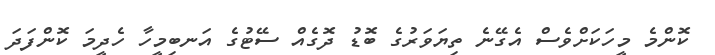
ކޮންމެ މީހަކަށްވެސް އެގޭނެ ތިޔަވަރުގެ ބޮޑު ދޮގެއް ސޭޓުގެ އަނބިމީހާ ހެދީމަ ކޮންފަދަ